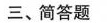
三、简答题。